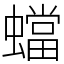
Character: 蟷